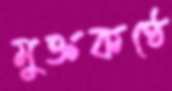
মুক্তকণ্ঠে